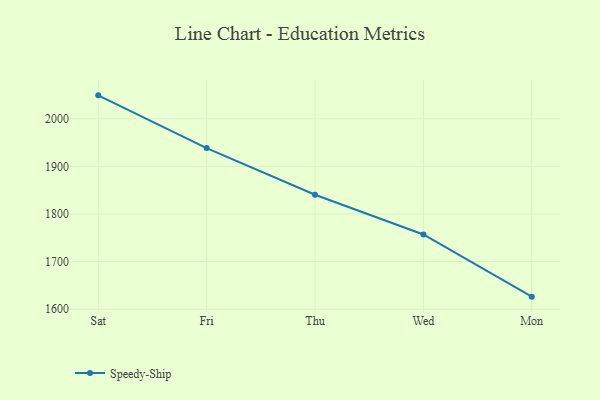
{"axis": {"x": "Day", "y": "LTV (USD)"}, "legend": ["Speedy-Ship"], "data": [{"x": "Sat", "y": 2049.4, "type": "Speedy-Ship"}, {"x": "Fri", "y": 1938.6, "type": "Speedy-Ship"}, {"x": "Thu", "y": 1840.5, "type": "Speedy-Ship"}, {"x": "Wed", "y": 1757.1, "type": "Speedy-Ship"}, {"x": "Mon", "y": 1626.5, "type": "Speedy-Ship"}]}